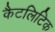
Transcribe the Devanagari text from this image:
कैटलिटिक